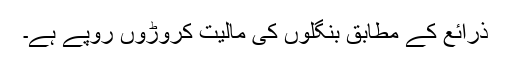
ذرائع کے مطابق بنگلوں کی مالیت کروڑوں روپے ہے۔